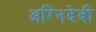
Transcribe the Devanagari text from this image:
अग्निदेवी